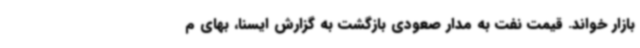
بازار خواند. قیمت نفت به مدار صعودی بازگشت به گزارش ایسنا، بهای م